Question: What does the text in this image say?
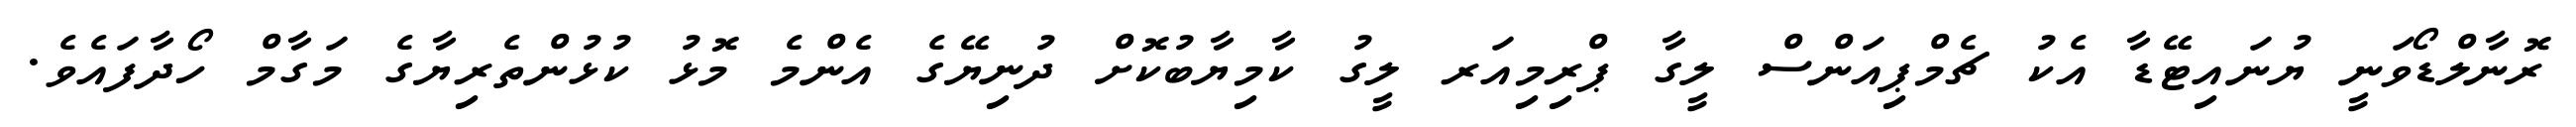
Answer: ރޮނާލްޑޯވަނީ ޔުނައިޓޭޑާ އެކު ޗެމްޕިއަންސް ލީގާ ޕްރިމިއަރ ލީގު ކާމިޔާބުކޮށް ދުނިޔޭގެ އެންމެ މޮޅު ކުޅުންތެރިޔާގެ މަގާމް ހޯދާފައެވެ.